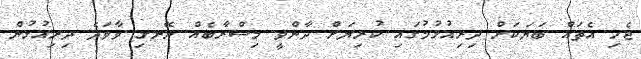
ޖެހި އެތައް ބަޔަކަށް ދިރިއުޅުމުގައި ކުރިޔަށް ދާންވީ މިސްރާބެއް ނޭނގި ވާވަދެ ދިރިއުޅުން